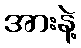
အားနဲ့